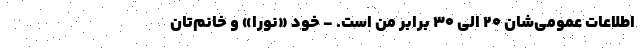
اطلاعات عمومی‌شان ۲۰ الی ۳۰ برابر من است. - خود «نورا» و خانم‌تان